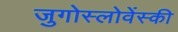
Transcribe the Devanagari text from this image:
जुगोस्लोवेंस्की